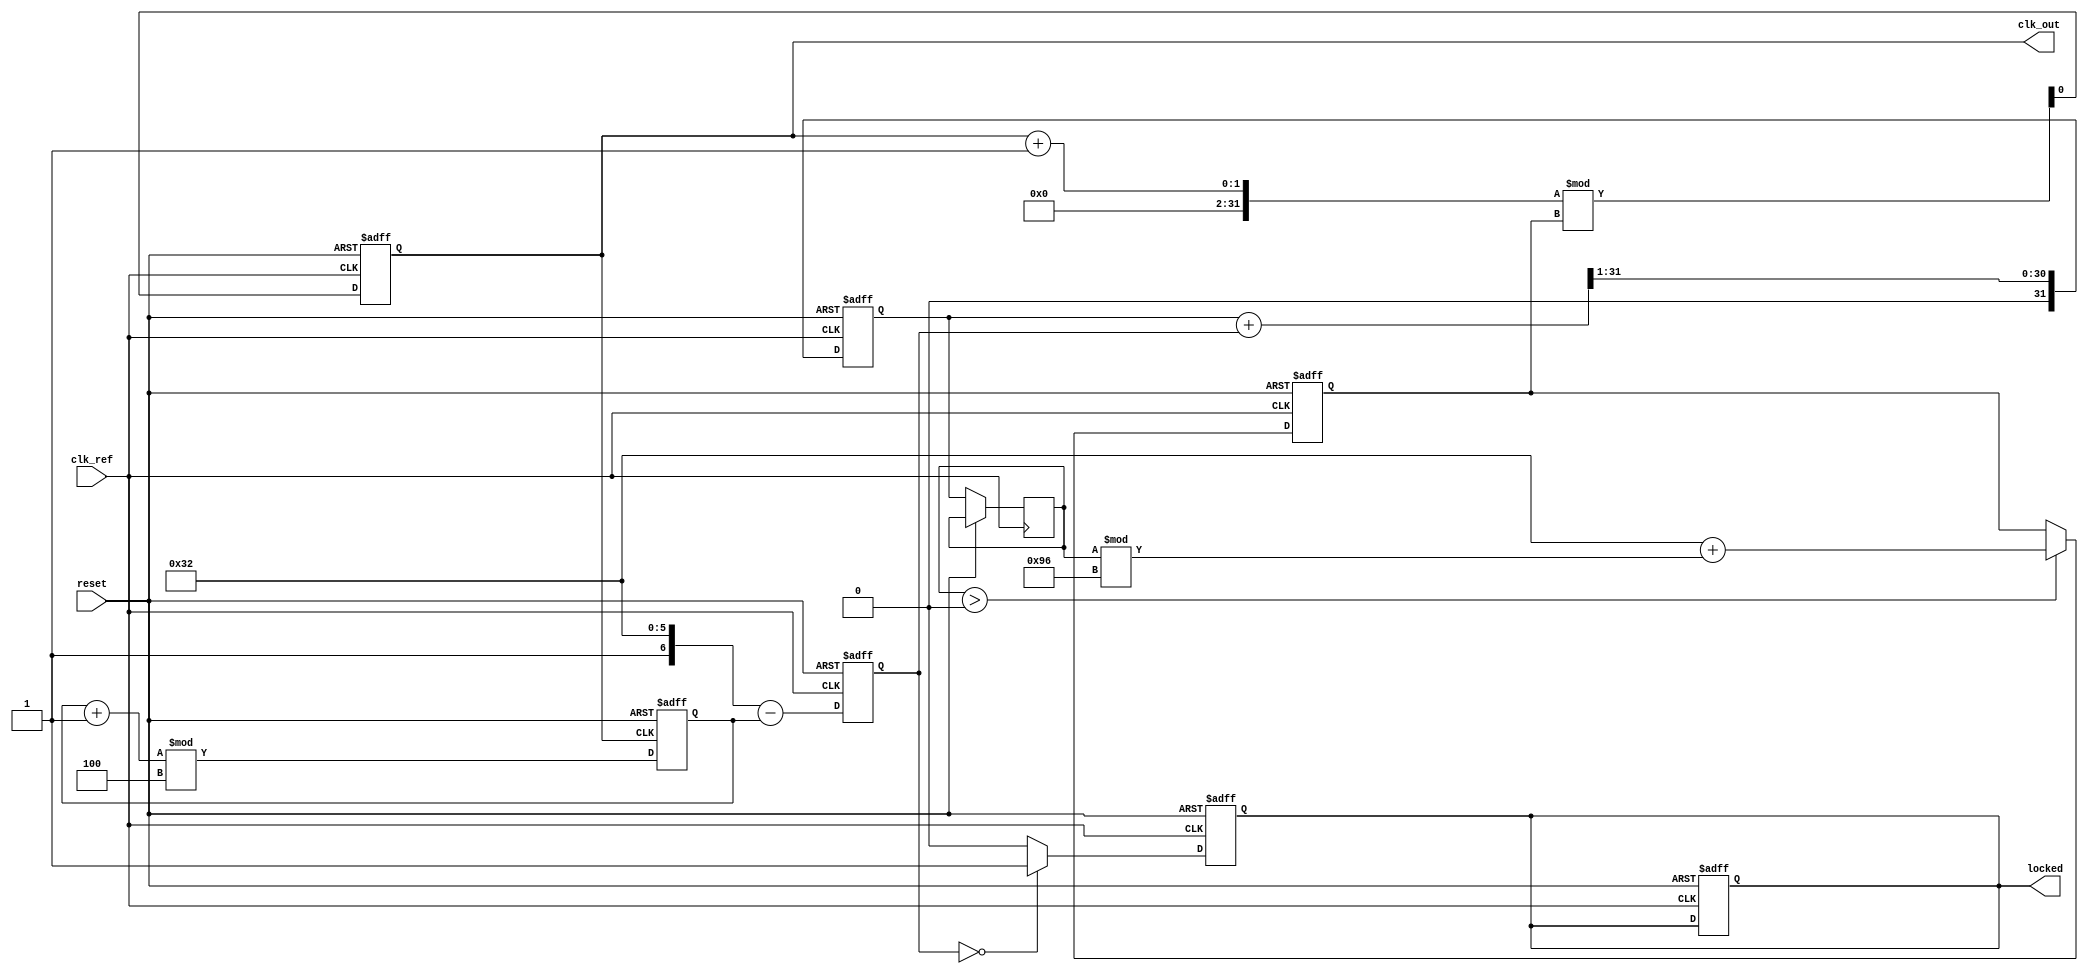
module high_performance_PLL (
    input wire clk_ref,             // Reference clock input
    input wire reset,               // Reset signal
    output reg clk_out,             // Output clock
    output reg locked               // Lock status
);

    // Parameters for the PLL
    parameter DIV_RATIO = 4;        // Division ratio for feedback
    parameter VCO_MAX_FREQ = 200;   // Maximum frequency for VCO
    parameter VCO_MIN_FREQ = 50;    // Minimum frequency for VCO

    // Internal signals
    reg [31:0] phase_error;          // Phase error signal
    reg [31:0] control_voltage;       // Control voltage for VCO
    reg [31:0] vco_freq;              // Frequency of the VCO
    reg [31:0] feedback_divider;      // Feedback divider output
    reg [31:0] phase_accumulator;     // Phase accumulator
    reg [31:0] lp_filter;             // Low Pass Filter output
    reg vco_enable;                   // VCO enable signal

    // Phase Detector (PD)
    always @(posedge clk_ref or posedge reset) begin
        if (reset) begin
            phase_error <= 0;
        end else begin
            // Simple phase detection logic (for illustration)
            phase_error <= phase_accumulator - feedback_divider;
        end
    end

    // Low Pass Filter (LPF)
    always @(posedge clk_ref or posedge reset) begin
        if (reset) begin
            lp_filter <= 0;
        end else begin
            // Simple LPF implementation (for illustration)
            lp_filter <= (lp_filter + phase_error) >> 1; // Example: averaging filter
            control_voltage <= lp_filter; // Control voltage for VCO
        end
    end

    // Voltage-Controlled Oscillator (VCO)
    always @(posedge clk_ref or posedge reset) begin
        if (reset) begin
            vco_freq <= VCO_MIN_FREQ;
            clk_out <= 0;
            locked <= 0;
        end else begin
            // VCO frequency control (simplified)
            if (control_voltage > 32'h0) begin
                vco_freq <= VCO_MIN_FREQ + (control_voltage % (VCO_MAX_FREQ - VCO_MIN_FREQ));
            end
            // Generate output clock based on VCO frequency
            clk_out <= (clk_out + 1) % vco_freq;
        end
    end

    // Feedback Divider
    always @(posedge clk_out or posedge reset) begin
        if (reset) begin
            feedback_divider <= 0;
        end else begin
            feedback_divider <= (feedback_divider + 1) % DIV_RATIO;
        end
    end

    // Lock detection logic
    always @(posedge clk_ref or posedge reset) begin
        if (reset) begin
            locked <= 0;
        end else begin
            // Simple lock detection logic
            if (phase_error == 0) begin
                locked <= 1;
            end else begin
                locked <= 0;
            end
        end
    end

endmodule